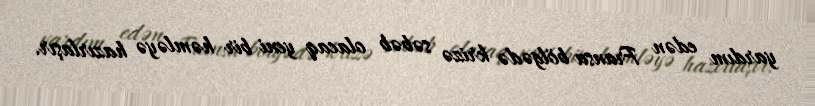
yardım edən Fransa bölgədə krizə səbəb olacaq yeni bir həmləyə hazırlaşır.